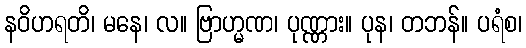
နဝိဟရတိ၊ မနေ၊ လ။ ဗြာဟ္မဏ၊ ပုဏ္ဏား။ ပုန၊ တဘန်။ ပရံစ၊